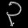
Digit: ၃